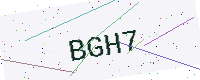
Text: BGH7